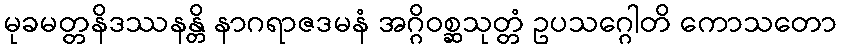
မုခမတ္တနိဒဿနန္တိ နာဂရာဇဒမနံ အဂ္ဂိဝစ္ဆသုတ္တံ ဥပသဂ္ဂေါတိ ကောသတော